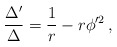
\begin{align*}\frac{\Delta'}{\Delta}=\frac{1}{r} - r \phi'^2 \, ,\end{align*}